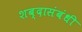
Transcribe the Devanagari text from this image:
शब्दासंबंधी